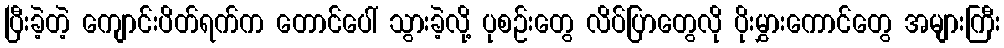
ပြီးခဲ့တဲ့ ကျောင်းပိတ်ရက်က တောင်ပေါ် သွားခဲ့လို့ ပုစဉ်းတွေ လိပ်ပြာတွေလို ပိုးမွှားကောင်တွေ အများကြီး